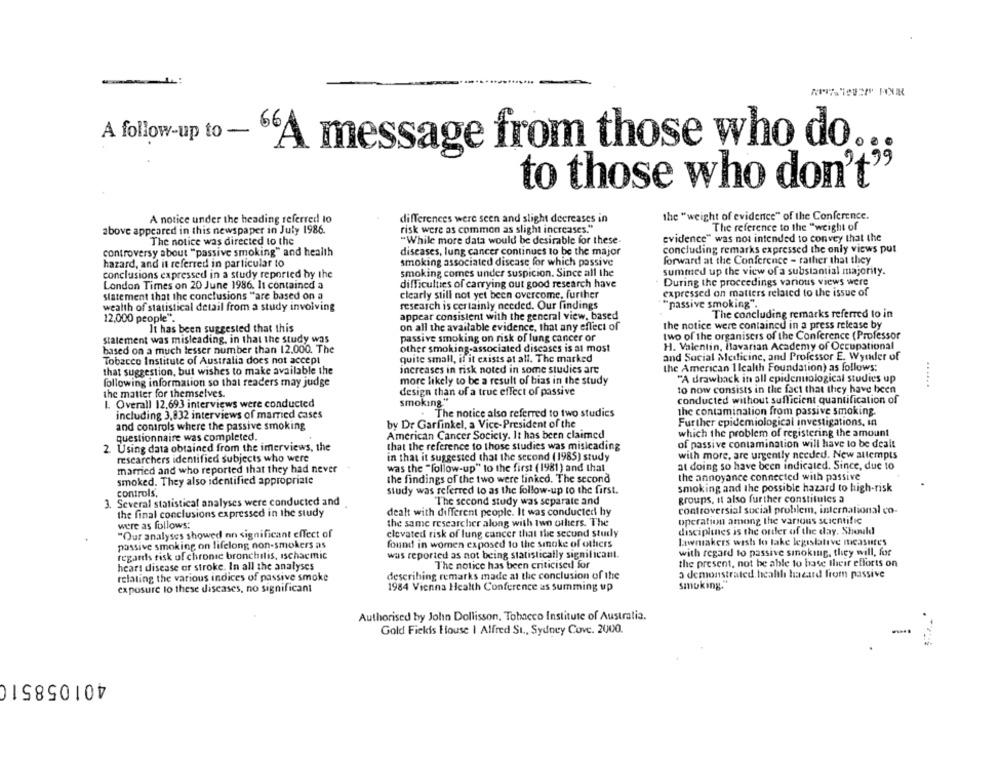
A follow-up to - "A message from those who do ...
to those who don't"
A notice under the heading referred to
differences were seen and slight decreases in
the "weight of evidence" of the Conference.
The reference to the "weight of
above appeared in this newspaper in July 1986.
risk were as common as slight increases."
The notice was directed to the
"While more data would be desirable for these-
evidence" was not intended to convey that the
diseases, lung cancer continues to be the major
concluding remarks expressed the only views put
controversy about "passive smoking" and health
hazard, and it referred in particular to
smoking associated disease for which passive
forward at the Conference - rather that they
conclusions expressed in a study reported by the
smoking comes under suspicion. Since all the
summed up the view of a substantial majority.
During the proceedings various views were
London Times on 20 June 1986. It contained a
difficulties of carrying out good research have
statement that the conclusions "are based on a
clearly still not yet been overcome, further
expressed on matters related to the issue of
"passive smoking".
wealth of statistical detail from a study involving
research is certainly needed. Our findings
12,000 people".
appear consistent with the general view, based
The concluding remarks referred to in
on all the available evidence, that any effect of
the notice were contained in a press release by
It has been suggested that this
two of the organisers of the Conference (Professor
statement was misleading, in that the study was
passive smoking on risk of lung cancer or
based on a much lesser number than 12.000. The
other smoking-associated diseases is at most
H. Valentin, Bavarian Academy of Occupational
and Social Medicine, and Professor E. Wyoder of
Tobacco Institute of Australia does not accept
quite small, if it exists at all. The marked
that suggestion, but wishes to make available the
increases in risk noted in some studies are
the American Ilealth Foundation) as follows:
more likely to be a result of bias in the study
"A drawback in all epidemiological studies up
following information so that readers may judge
to now consists in the fact that they have been
......
the matter for themselves.
design than of a true effect of passive
1. Overall 12.693 interviews were conducted
smoking"
conducted without sufficient quantification of
including 3,832 interviews of married cases
. The notice also referred to two studies
the contamination from passive smoking.
and controls where the passive smoking
by Dr Garfinkel, a Vice-President of the
Further epidemiological investigations, in
which the problem of registering the amount
questionnaire was completed.
American Cancer Society. It has been claimed
2. Using data obtained from the imerviews, the
that the reference to those studies was misleading
of passive contamination will have to be dealt
with more, are urgently needed. New attempts
researchers identified subjects who were
in that it suggested that the second (1985) study
married and who reported that they had never
was the "follow-up" to the first (1981) and that
at doing so have been indicated. Since, due to
the findings of the two were linked. The second
the annoyance connected with passive
smoked. They also identified appropriate
controls,
study was referred to as the follow-up to the first.
smoking and the possible hazard to high-risk
Several statistical analyses were conducted and
The second study was separate and
groups, It also further constitules a
the final conclusions expressed in the study
dealt with different people. It was conducted hy
controversial social problem, international co-
the same researcher along with two others. The
operation among the various scientific
were as follows:
disciplines is the order of the day. Should
"Our analyses showed nn significant effect of
clevated risk of lung cancer that the secund study
passive smoking on lifelong non-smokers as
found in women exposed to the smoke of others
lawmakers wish to take legislative measures
was reported as not being statistically significant.
with regard to passive sinoking, they will, for
regards risk of chronic bronchitis, Ischacmic
heart disease or stroke. In all the analyses
The notice has been criticised for
the present, not be able to base their efforts on
relating the various indices of passive smoke
describing remarks made at the conclusion of the
o demonstrated. health hacard from passive
exposure to these diseases, no significant
1984 Vienna Health Conference as summing up
smuking.
Authorised by John Dollisson, Tobacco Institute of Australia.
Gold Fickis House | Alfred St ., Sydney Cove. 2000.
401058510